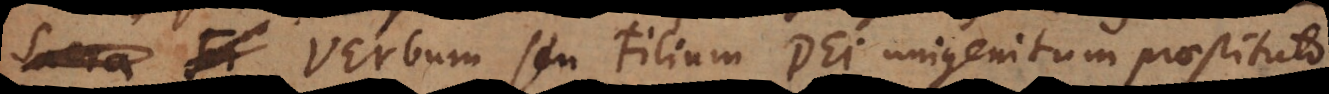
ae Verbum seu Filium Dei unigenitum praestituto